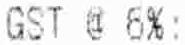
GST @ 6%